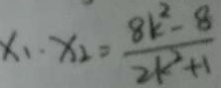
x _ { 1 } \cdot x _ { 2 } = \frac { 8 k ^ { 2 } - 8 } { 2 k ^ { 2 } + 1 }